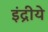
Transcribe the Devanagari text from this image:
इंद्रीये